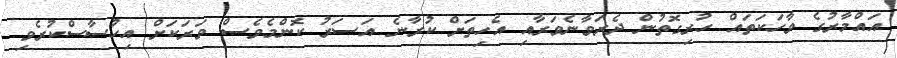
އައްމާރުގެ ވާހަކަތައް ހުރިގޮތުން ދެރަވާނެވަރާއި އެހިތަށް ކުރާނެ އަސަރު ކޮންމެވެސް ވަރަކަށް އިހުސާސްކުރެވި